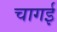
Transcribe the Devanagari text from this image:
चागई